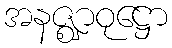
အနဇ္ဈာဝုဋ္ဌော